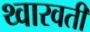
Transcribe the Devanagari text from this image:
थ्वारवती